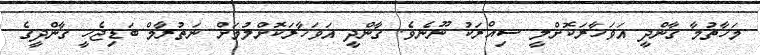
މަހާތުމާ ގާންދީ އަވަހާރަކޮށްލީ ސިއްރަކު ނޫނެވެ. ގާންދީ އަވަހާރަކޮށްލުމަށް ނަތުރާމް ބަޑިޖެހީ ގާންދީގެ